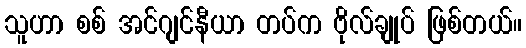
သူဟာ စစ် အင်ဂျင်နီယာ တပ်က ဗိုလ်ချုပ် ဖြစ်တယ်။